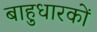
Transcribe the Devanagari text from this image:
बाहुधारकों